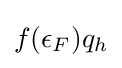
f({\epsilon }_{F})q_{h}